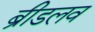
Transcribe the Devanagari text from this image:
ब्रीडलव